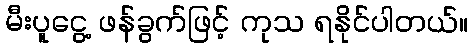
မီးပူငွေ့ ဖန်ခွက်ဖြင့် ကုသ ရနိုင်ပါတယ်။